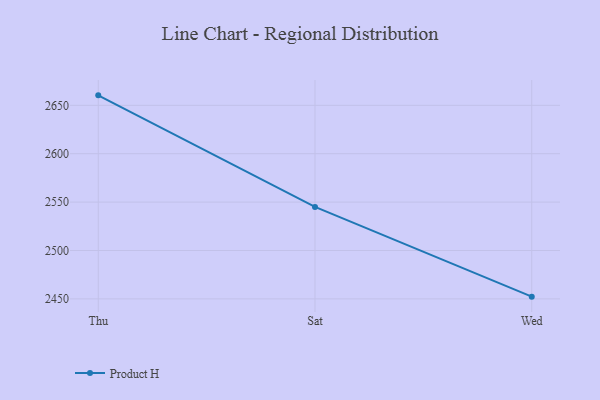
{"axis": {"x": "Day", "y": "Market Share (%)"}, "legend": ["Product H"], "data": [{"x": "Thu", "y": 2660.3, "type": "Product H"}, {"x": "Sat", "y": 2545.0, "type": "Product H"}, {"x": "Wed", "y": 2452.3, "type": "Product H"}]}